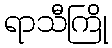
ရာသီကြို